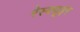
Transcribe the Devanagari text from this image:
रेस्‍क्‍यूइंग